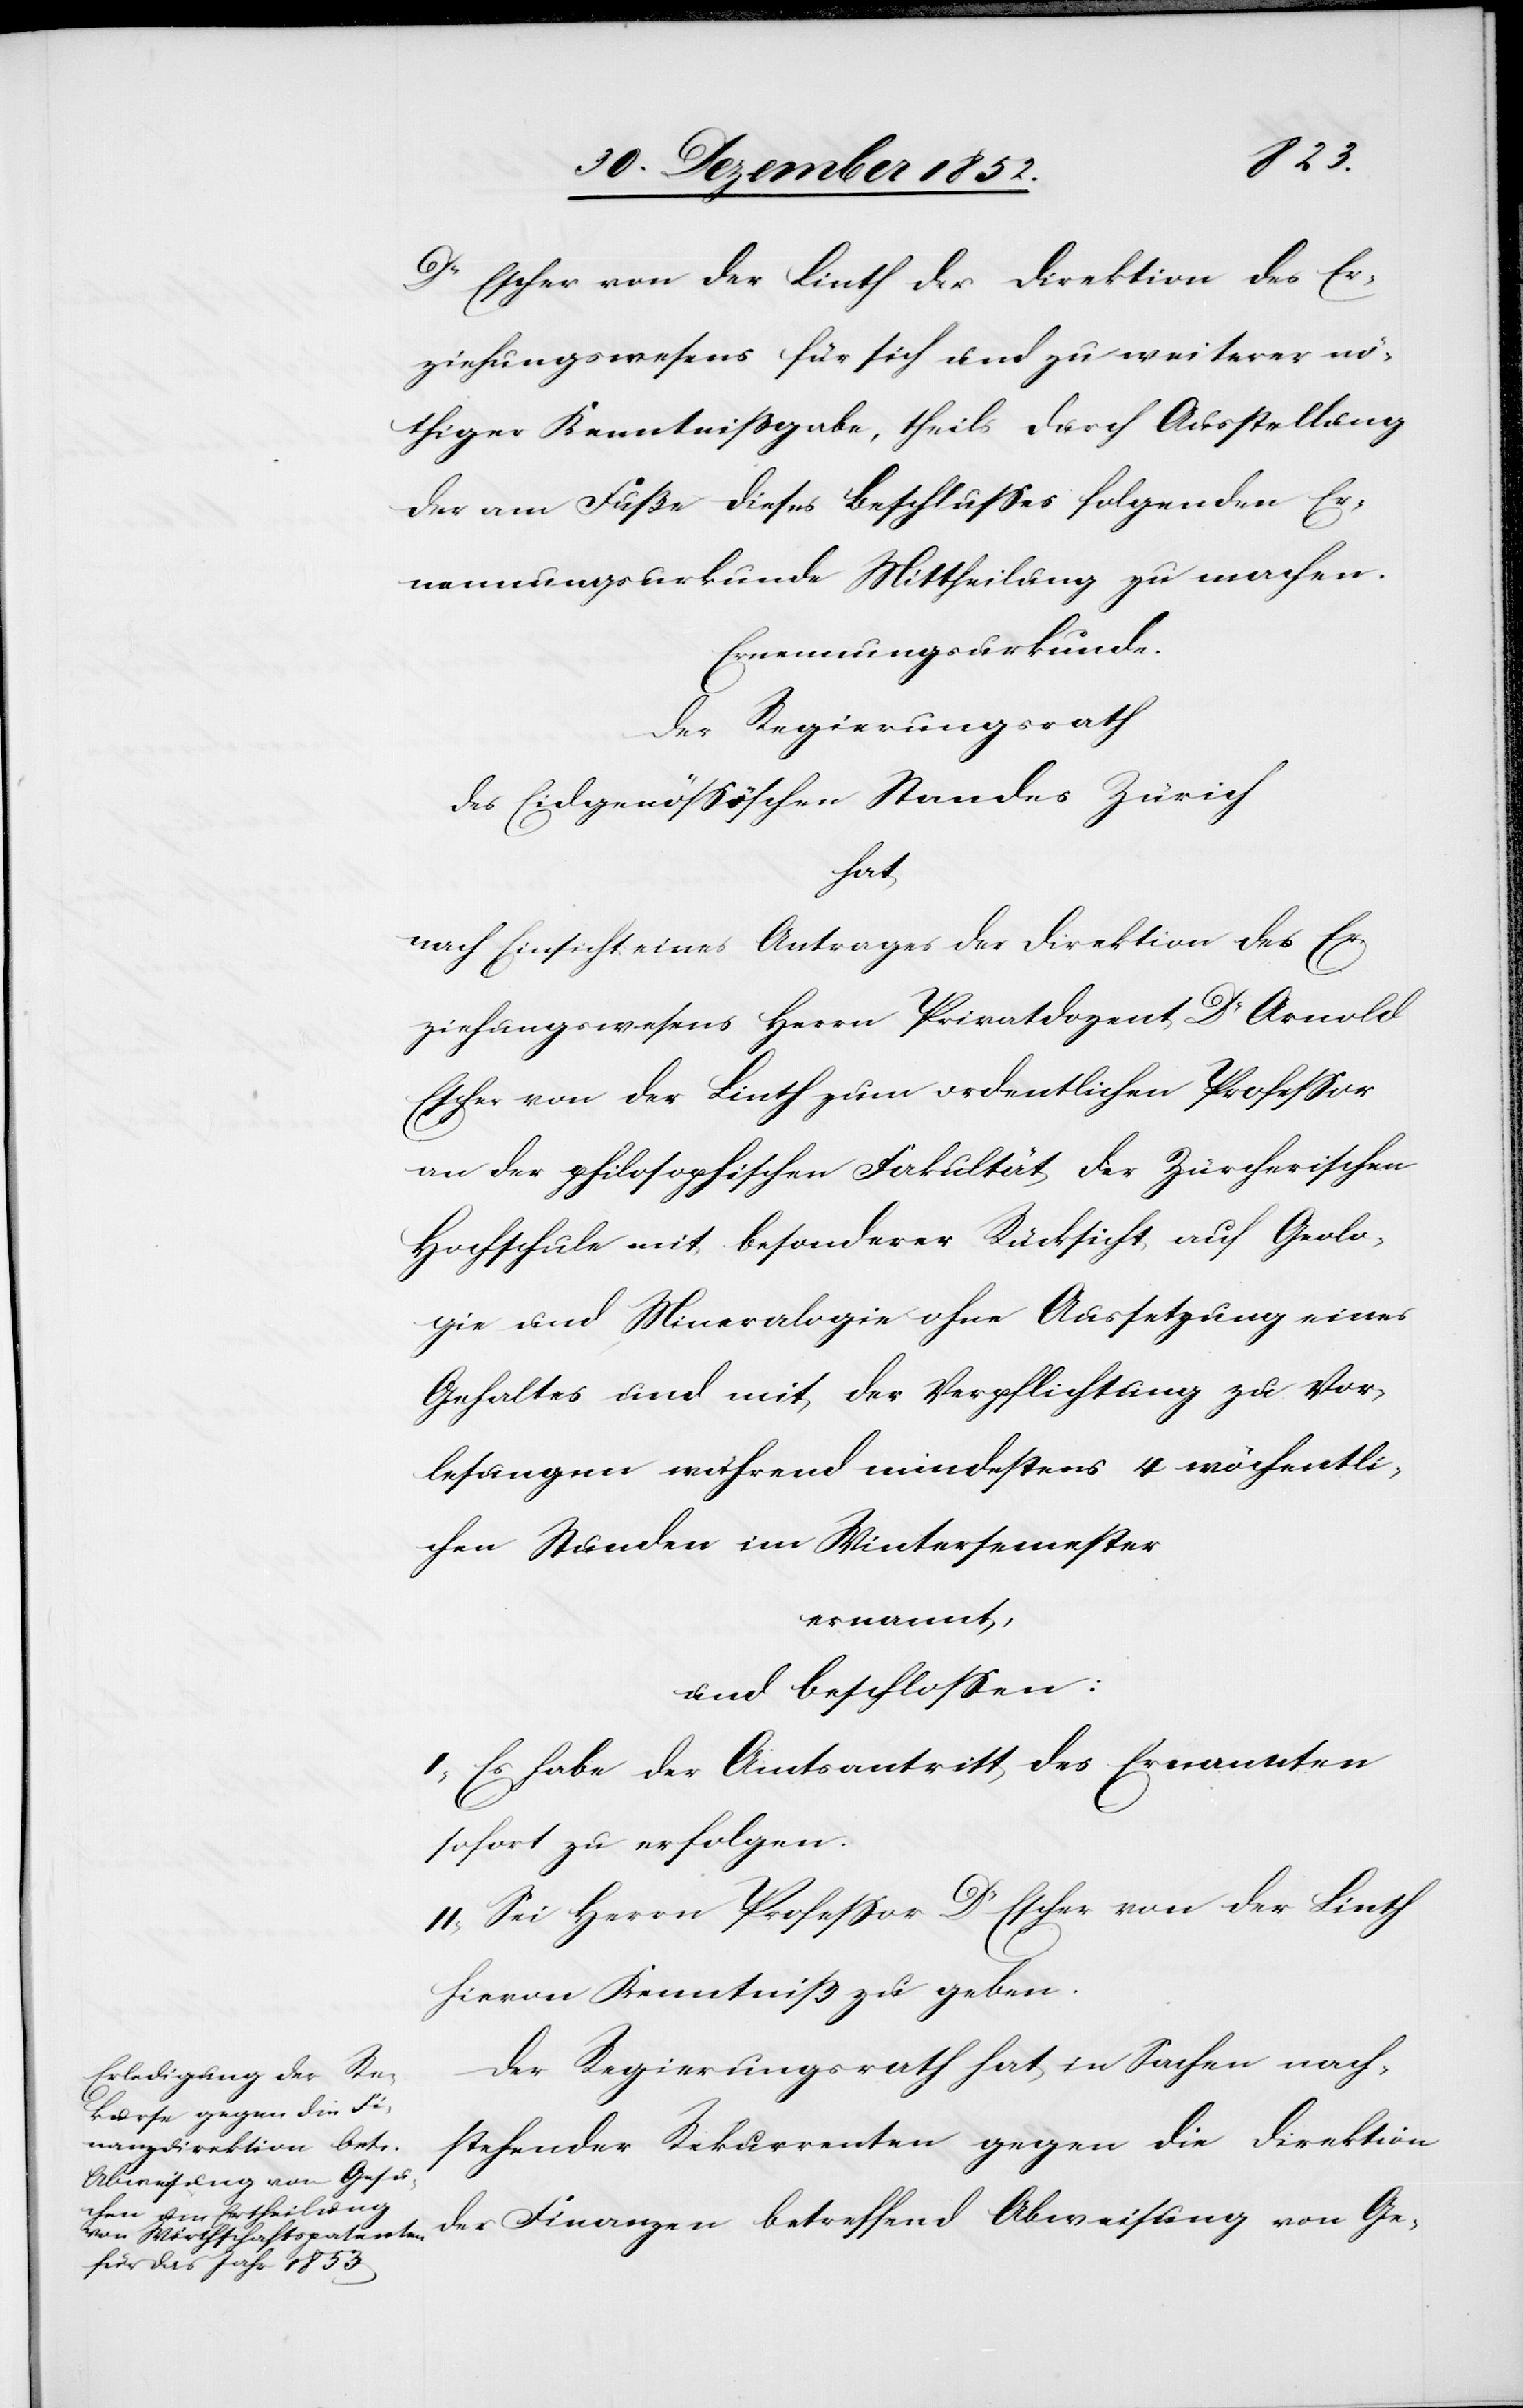
Dr Escher von der Linth der Direktion des Er¬
ziehungswesens für sich und zu weiterer nö¬
thiger Kenntnißgabe, theils durch Ausstellung
der am Fuße dieses Beschlusses folgenden Er¬
nennungsurkunde Mittheilung zu machen.
Ernennungsurkunde.
Der Regierungsrath
des Eidgenössischen Standes Zürich
der
nach Einsicht eines Antrages der Direktion des Er¬
ziehungswesens Herrn Privatdozent Dr Arnold
Escher von der Linth zum ordentlichen Professor
an der philosophischen Fakultät der Zürcherischen
Hochschule mit besonderer Rücksicht auf Geolo¬
gie und Mineralogie ohne Aussetzung eines
Gehaltes und mit der Verpflichtung zu Vor¬
lesungen während mindestens 4 wöchentli¬
chen Stunden im Wintersemester
ernannt,
und beschlossen:
I, Es habe der Amtsantritt des Ernannten
sofort zu erfolgen.
II, Sei Herrn Professor Dr Escher von der Linth
hievon Kenntniß zu geben.
Der Regierungsrath hat in Sachen nach¬
stehender Rekurrenten gegen die Direktion
Abweisung von Ge-